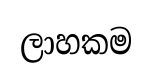
ලාහකම